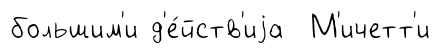
большим'и д'е́йств'иjа М'ичетт'и